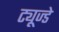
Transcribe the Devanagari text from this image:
ट्यूज्डे